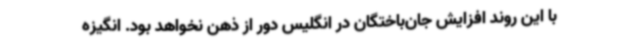
با این روند افزایش جان‌باختگان در انگلیس دور از ذهن نخواهد بود. انگیزه